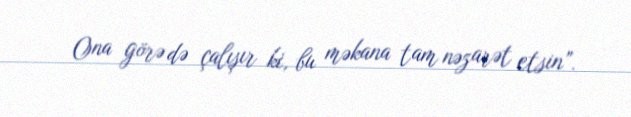
Ona görə də çalışır ki, bu məkana tam nəzarət etsin”.